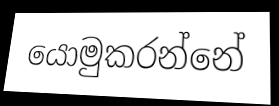
යොමුකරන්නේ